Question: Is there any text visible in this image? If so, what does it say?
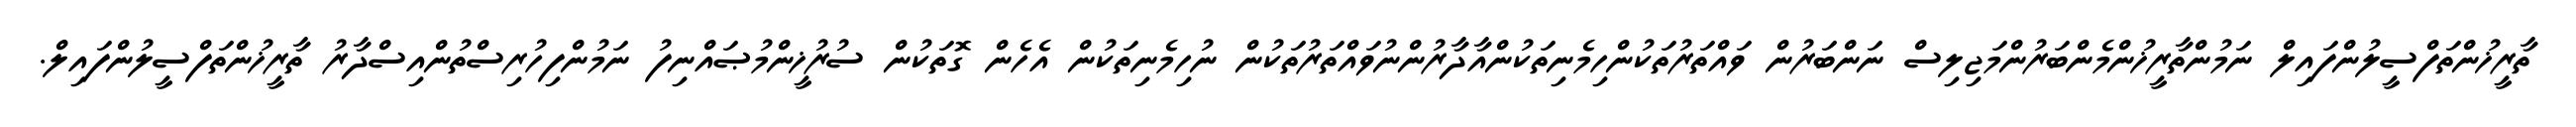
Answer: ތާރީޚުންތަފްސީލުންފައިލް ނަމުންތާރީޚުންމެންބަރުންމަޖިލިސް ނަންބަރުން ވައްތަރުތަކުންހިމެނިތަކުންއާދާރުންނުވައްތަރުތަކުން ނުހިމެނިތަކުން އެހެން ގޮތަކުން ސުރުޚީންމުޞައްނިފު ނަމުންފިހުރިސްތުންއިސްދާރު ތާރީޚުންތަފްސީލުންފައިލް.